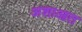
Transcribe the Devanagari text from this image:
अशाआत